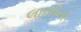
લાલીનો